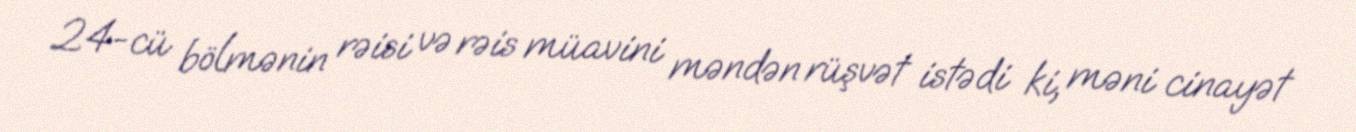
24-cü bölmənin rəisi və rəis müavini məndən rüşvət istədi ki, məni cinayət